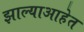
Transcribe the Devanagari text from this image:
झाल्याआहेत